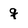
Character: q